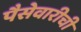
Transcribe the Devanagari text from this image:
पैसेवारीची